Rules regarding the measures to be adopted on the outbreak of cholera or appearance of small-pox
Disease focus: Cholera
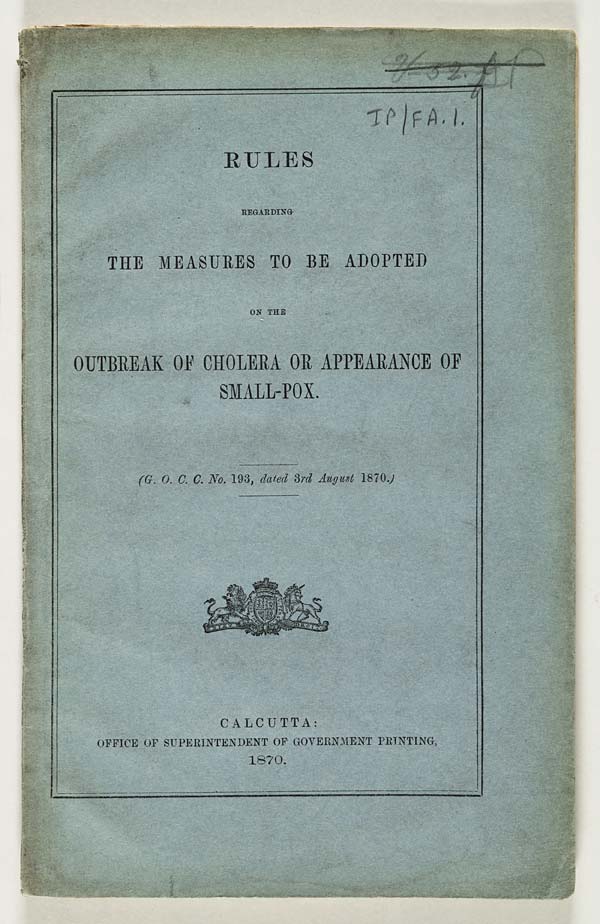
RULES
REGARDING
THE MEASURES TO BE ADOPTED
ON THE
OUTBREAK OF CHOLERA OR APPEARANCE OF
SMALL-POX.
(G. O. C. C. No. 193, dated 3rd August 1870.)
CALCUTTA:
OFFICE OF SUPERINTENDENT OF GOVERNMENT PRINTING,
1870.